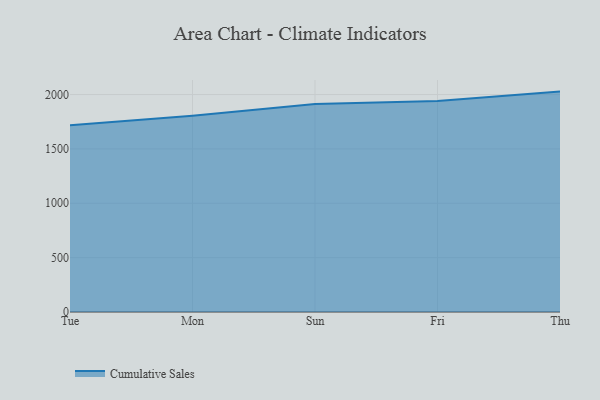
{"axis": {"x": "Day", "y": "Temperature (°C)"}, "legend": ["Cumulative Sales"], "data": [{"x": "Tue", "y": 1718.4, "type": "Cumulative Sales"}, {"x": "Mon", "y": 1805.7, "type": "Cumulative Sales"}, {"x": "Sun", "y": 1912.8, "type": "Cumulative Sales"}, {"x": "Fri", "y": 1939.7, "type": "Cumulative Sales"}, {"x": "Thu", "y": 2026.9, "type": "Cumulative Sales"}]}